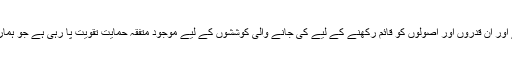
عالمی سطح پر اس پھيلتے ہوۓ عفريت کو روکنے اور ان قدروں اور اصولوں کو قائم رکھنے کے ليے کی جانے والی کوششوں کے ليے موجود متفقہ حمايت تقويت پا رہی ہے جو ہماری مشترکہ انسانی خواہشات کی غمازی کرتی ہے۔